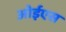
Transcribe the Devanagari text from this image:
ओईएस